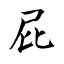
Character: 屁